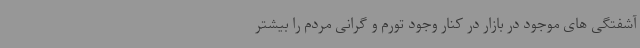
آشفتگی های موجود در بازار در کنار وجود تورم و گرانی مردم را بیشتر